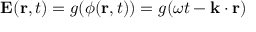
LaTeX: \mathbf { E } ( \mathbf { r } , t ) = g ( \phi ( \mathbf { r } , t ) ) = g ( \omega t - \mathbf { k } \cdot \mathbf { r } )